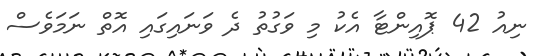
ނިއު 42 ޕޮއިންޓާ އެކު މި ވަގުތު ދެ ވަނައިގައި އޮތް ނަމަވެސް